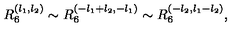
R _ { 6 } ^ { ( l _ { 1 } , l _ { 2 } ) } \sim R _ { 6 } ^ { ( - l _ { 1 } + l _ { 2 } , - l _ { 1 } ) } \sim R _ { 6 } ^ { ( - l _ { 2 } , l _ { 1 } - l _ { 2 } ) } ,